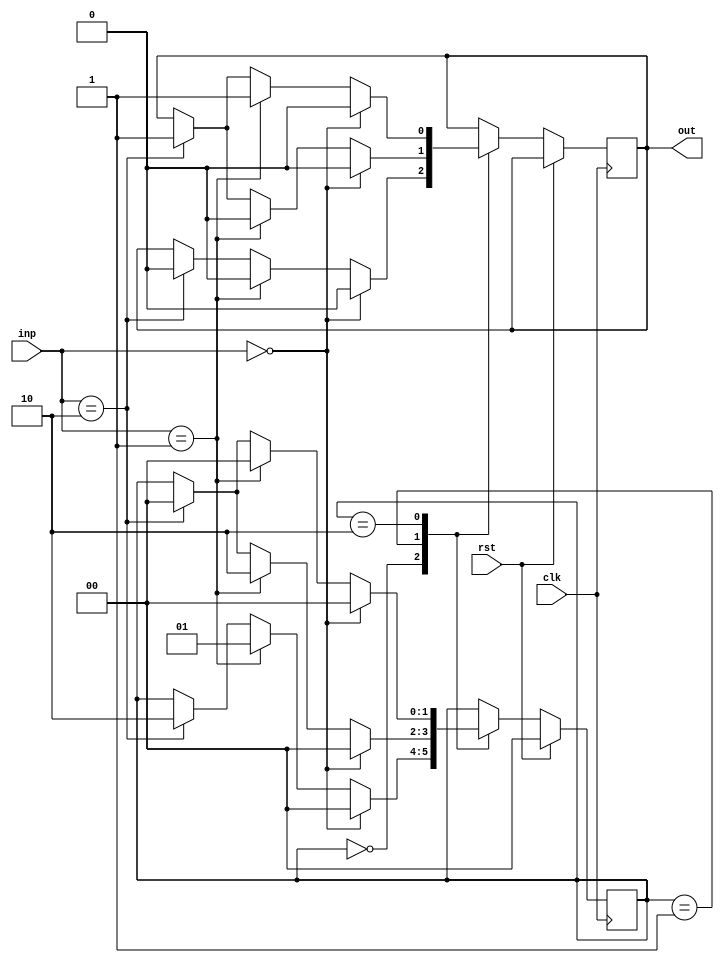
module wat_vend(
    input clk,
    input rst,
    input [1:0]inp,
    output reg out
    );

parameter s0 = 2'b00;
parameter s1 = 2'b01;  //5 Rs state
parameter s2 = 2'b10;  //10 Rs state

reg [1:0]c_state,n_state;

always @(posedge clk)
begin
	if(rst==1)
	begin
	c_state=0;
	n_state=0;
	end
	else
	begin
	c_state=n_state;
	case(c_state)
	s0: if(inp==0)
		begin
		n_state=s0;
		out=0;
		end
		else if(inp==2'b01)
		begin
		n_state=s1;
		out=0;
		end
		else if(inp==2'b10)
		begin
		n_state=s2;
		out=0;
		end
		
	s1: if(inp==0)
		begin
		n_state=s0;
		out=0;
		end
		else if(inp==2'b01)
		begin
		n_state=s2;
		out=0;
		end
		else if(inp==2'b10)
		begin
		n_state=s0;
		out=1;
		end

	s2: if(inp==0)
		begin
		n_state=s0;
		out=0;
		end
		else if(inp==2'b01)
		begin
		n_state=s0;
		out=1;
		end
		else if(inp==2'b10)
		begin
		n_state=s0;
		out=1;
		end
		
	endcase
	
		
	end
end
endmodule